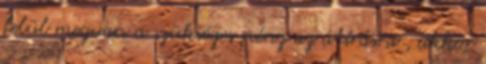
felül megvan a szükséges pénz az átírásra , akkor